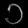
Digit: ၁